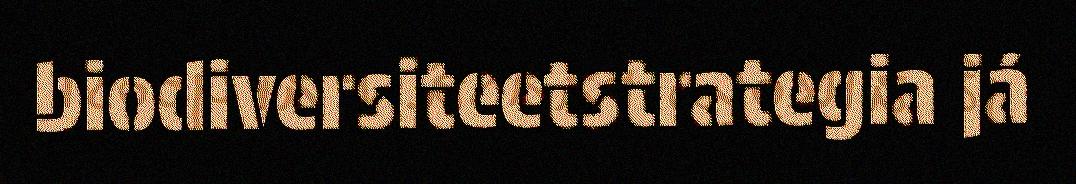
biodiversiteetstrategia já